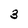
Character: 3